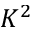
K ^ { 2 }